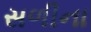
સળીના